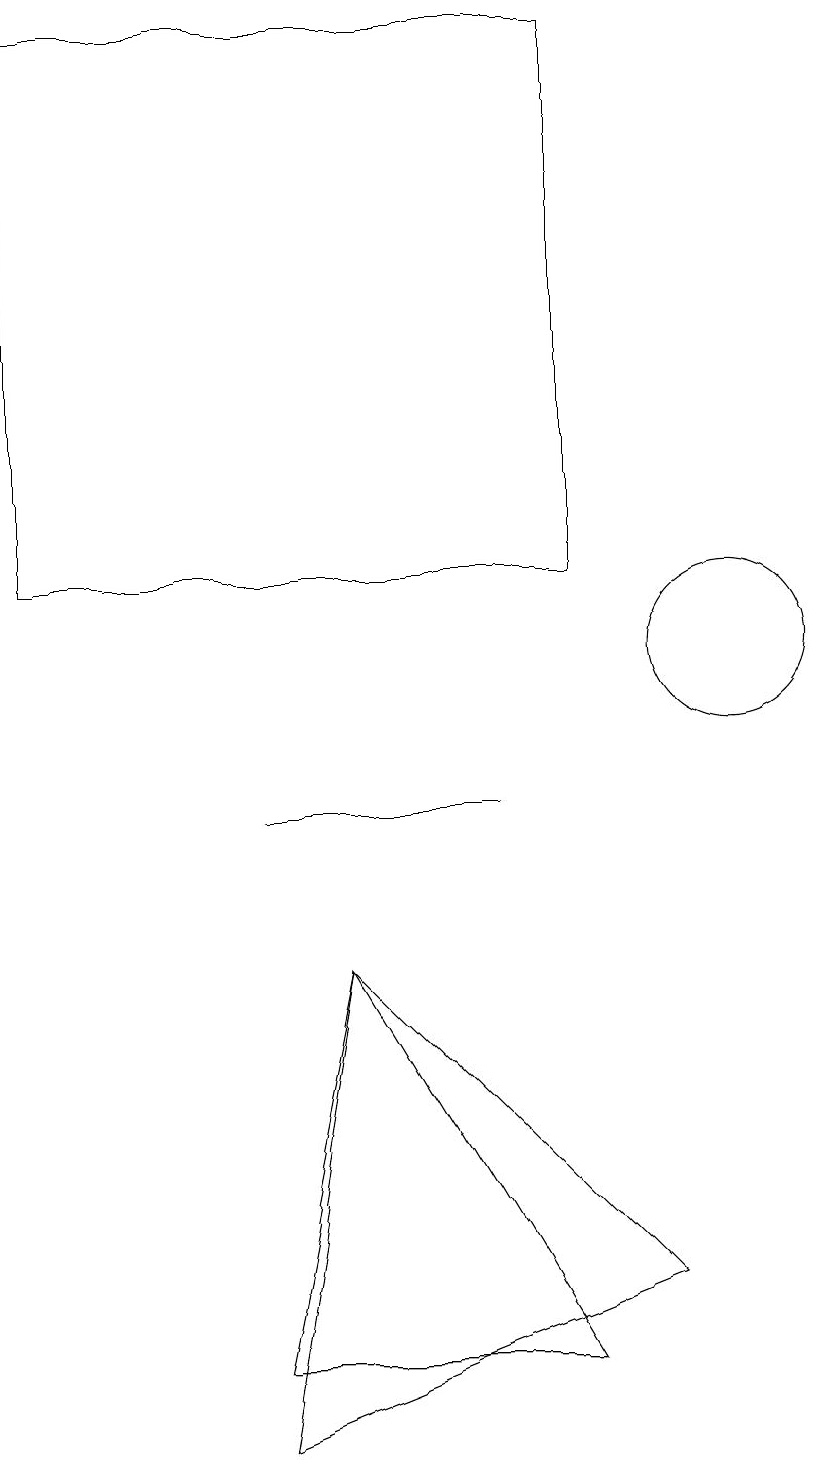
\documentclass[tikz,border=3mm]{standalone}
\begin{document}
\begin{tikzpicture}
\draw (10,10) circle (0);
\draw (5,7) -- (4,1) -- (9,3) -- cycle;
\draw (8,2) -- (5,7) -- (4,2) -- cycle;
\draw (10,11) circle (1);
\draw (8,19) rectangle (1,12);
\draw (4,9) -- (6,9) -- (7,9) -- cycle;
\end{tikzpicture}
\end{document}